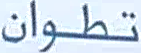
تطوان